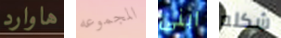
هاوارد المجموعه ابنى شكله